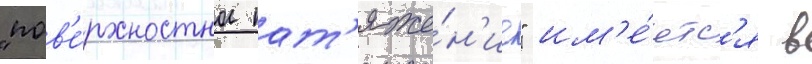
"пов'е́рхностное нат'яже́н'ие" им'е́етс'я в